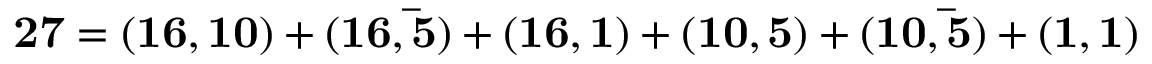
\mathbf { 2 7 } = ( \mathbf { 1 6 } , \mathbf { 1 0 } ) + ( \mathbf { 1 6 } , \mathbf { \bar { 5 } } ) + ( \mathbf { 1 6 } , \mathbf { 1 } ) + ( \mathbf { 1 0 } , \mathbf { 5 } ) + ( \mathbf { 1 0 } , \mathbf { \bar { 5 } } ) + ( \mathbf { 1 } , \mathbf { 1 } )